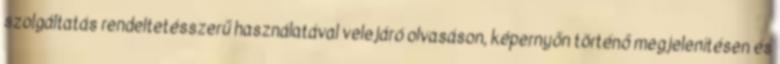
szolgáltatás rendeltetésszerű használatával velejáró olvasáson, képernyőn történő megjelenítésen és